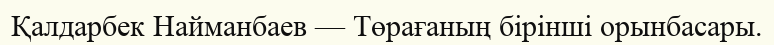
Қалдарбек Найманбаев — Төрағаның бірінші орынбасары.